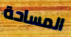
المساحة